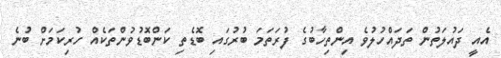
އެއީ ދައުލަތުން ތަދައްހުލުވެ އިންތިހާބުގެ ފުރަތަމަ ބުރުގައި ބޮޑެތި ކަންބޮޑުވުންތަކެއް ހުރިކަމަށް ބުނެ